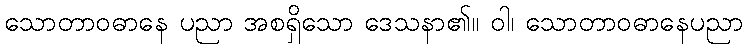
သောတာဝဓာနေ ပညာ အစရှိသော ဒေသနာ၏။ ဝါ၊ သောတာဝဓာနေပညာ